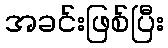
အခင်းဖြစ်ပြီး